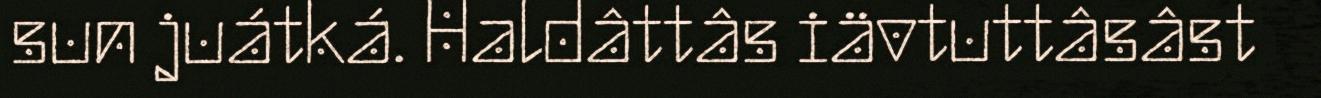
sun juátká. Haldâttâs iävtuttâsâst